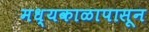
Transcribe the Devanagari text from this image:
मध्यकाळापासून